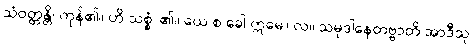
သံဝတ္တန္တိ၊ ကုန်၏။ ဟိ သစ္စံ၊ ၏။ ယေ စ ခေါ ဣမေ။ လ။ သမုဒါနေတဗ္ဗာတိ အာဒီသု